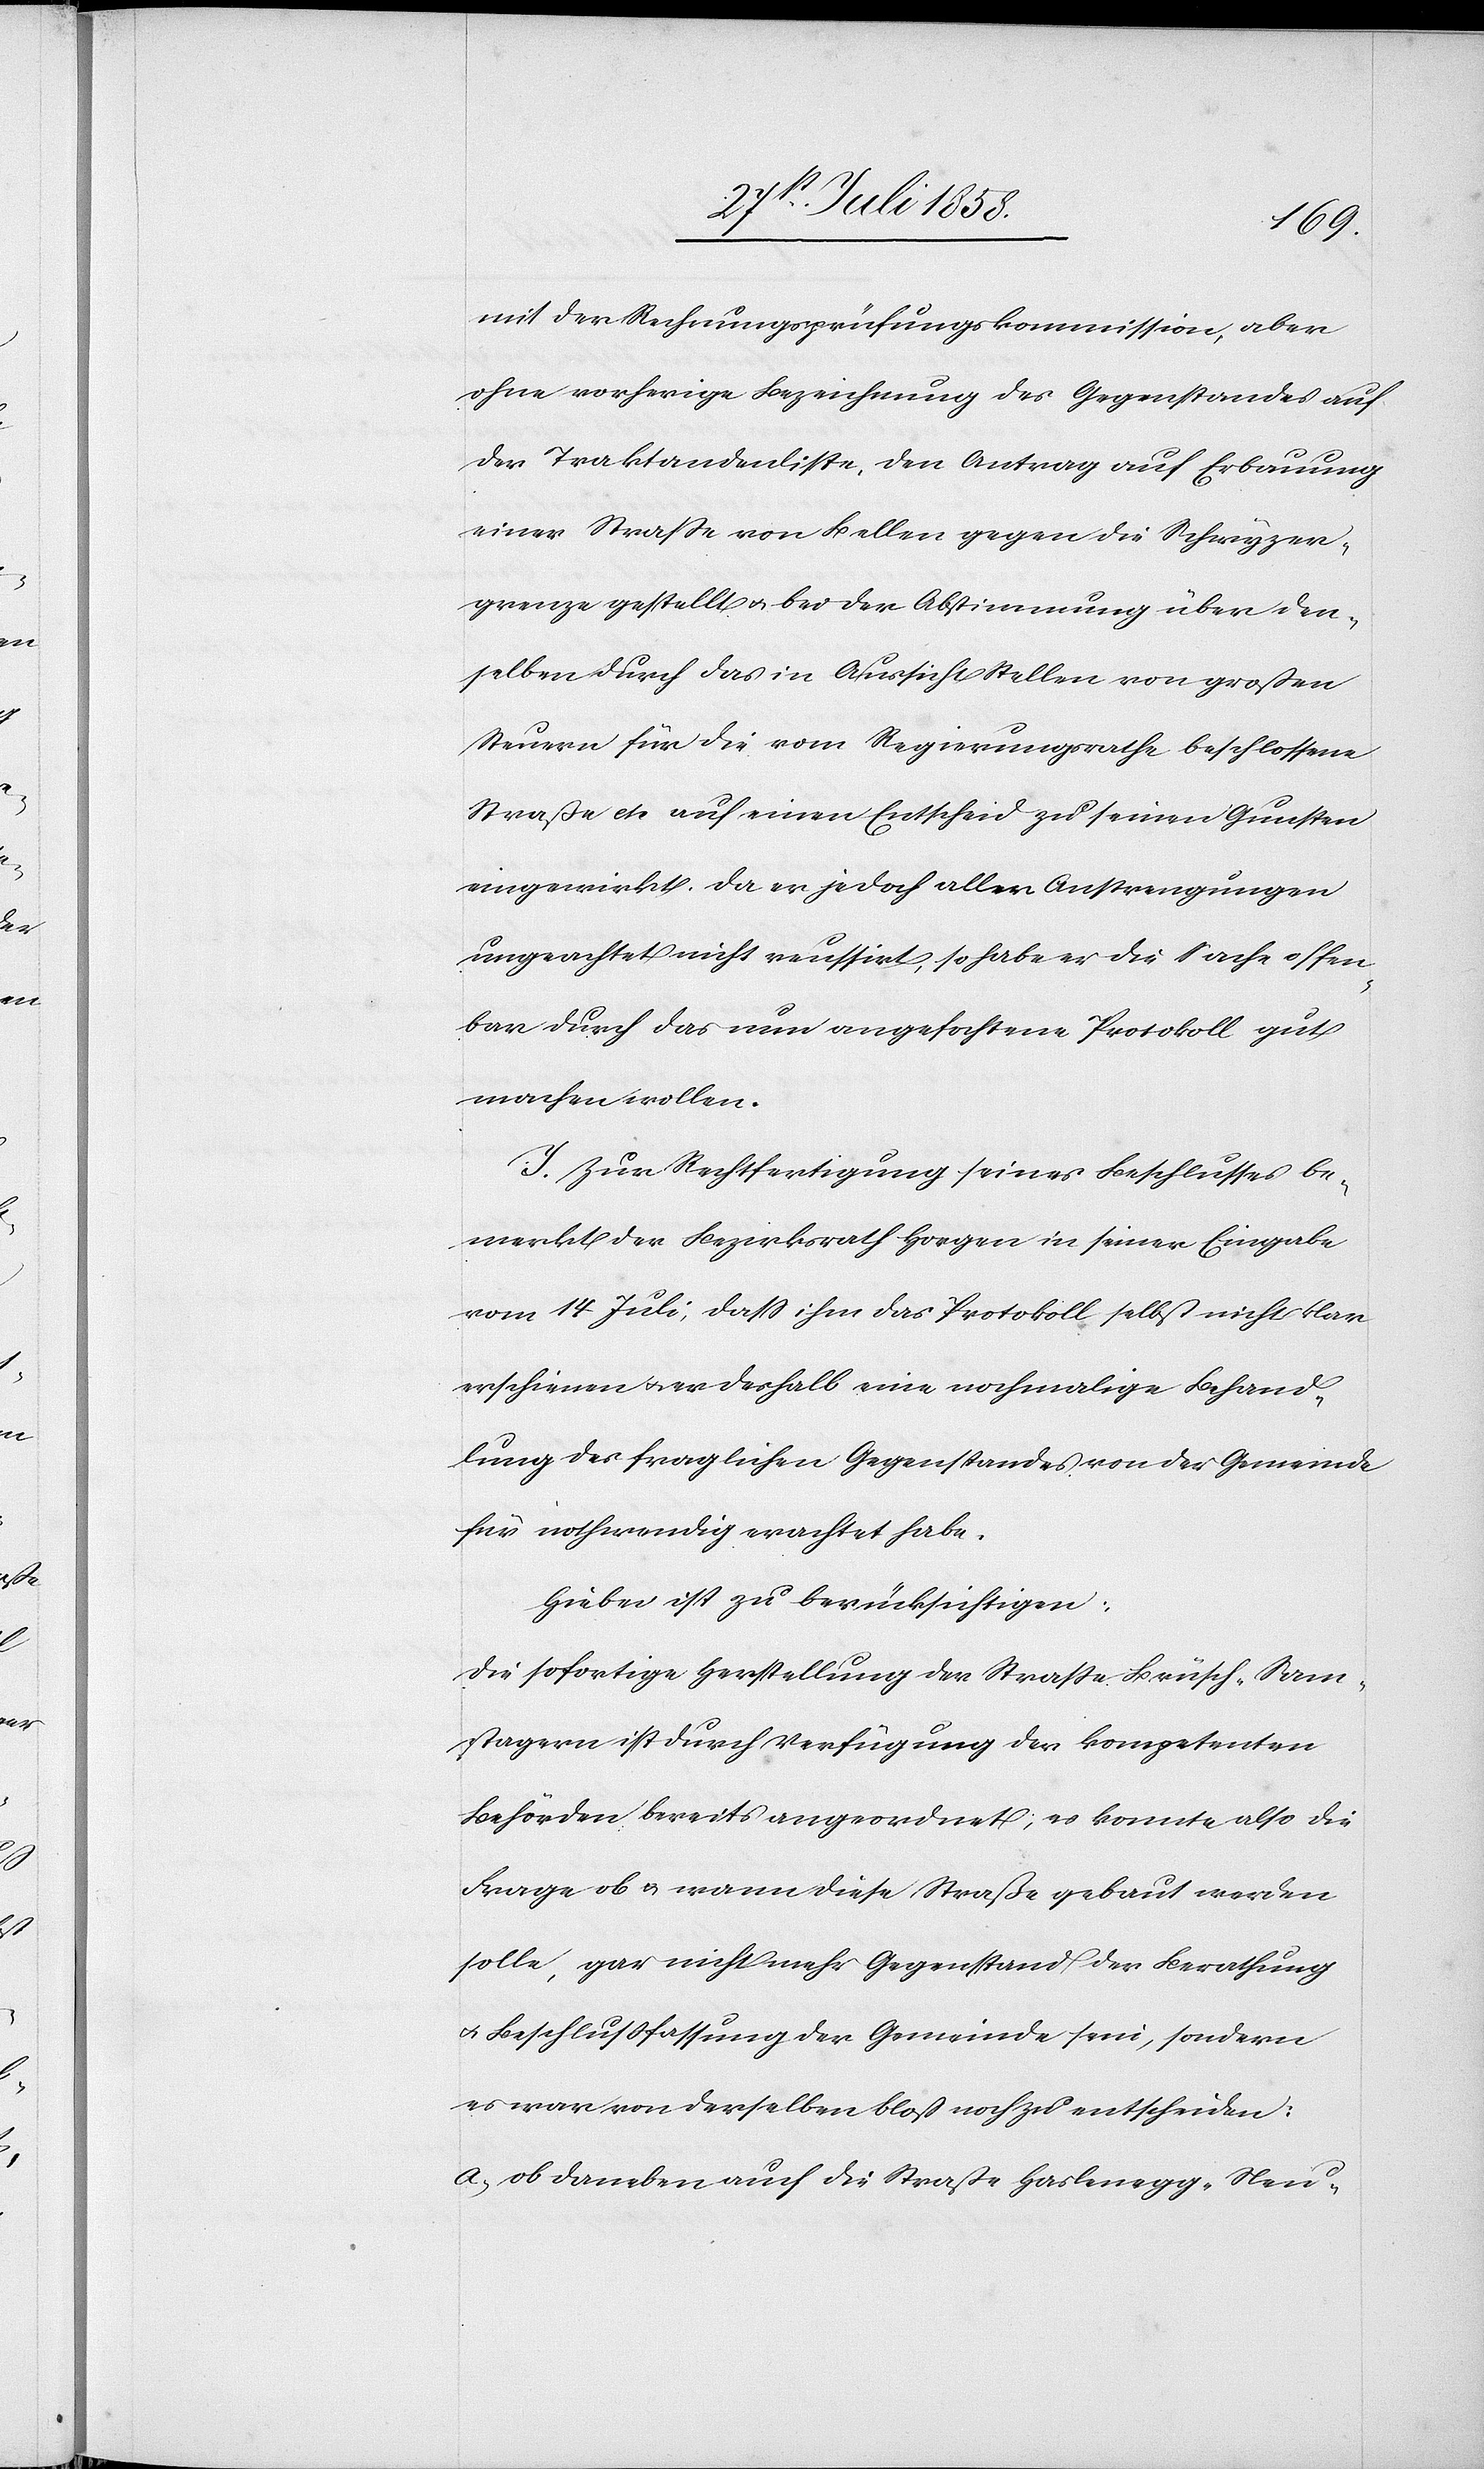
mit der Rechnungsprüfungskommission, aber
ohne vorherige Bezeichnung des Gegenstandes auf
der Traktandenliste, den Antrag auf Erbauung
einer Strasse von Bellen gegen die Schwyzer¬
grenze gestellt & bei der Abstimmung über den¬
selben durch das in Aussicht Stellen von großen
Steuern für die vom Regierungsrathe beschlossene
Straße etc. auf einen Entscheid zu seinen Gunsten
eingewirkt. Da er jedoch aller Anstrengungen
ungeachtet nicht reussirt, so habe er die Sache offen¬
bar durch das nun angefochtene Protokoll gut
machen wollen.
I. Zur Rechtfertigung seines Beschlusses be¬
merkt der Bezirksrath Horgen in seiner Eingabe
vom 14 Juli, dass ihm das Protokoll selbst nicht klar
erschienen & er deshalb eine nochmalige Behand¬
lung des fraglichen Gegenstandes von der Gemeinde
für nothwendig erachtet habe.
Hiebei ist zu berücksichtigen:
Die sofortige Herstellung der Strasse Brüsch–Sam¬
stagern ist durch Verfügung der kompetenten
Behörden bereits angeordnet; es konnte also die
Frage ob & wann diese Straße gebaut werden
solle, gar nicht mehr Gegenstand der Berathung
& Beschlussfassung der Gemeinde sein, sondern
es war von derselben bloß noch zu entscheiden:
ob daneben auch die Straße Haslenegg–Neu-